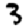
Digit: 3